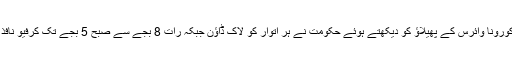
واضح رہے کہ ریاست میں کورونا وائرس کے پھیلاؤ کو دیکھتے ہوئے حکومت نے ہر اتوار کو لاک ڈاؤن جبکہ رات 8 بجے سے صبح 5 بجے تک کرفیو نافذ کرنے کا بھی اعلان کیا ہے۔